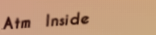
Atm Inside